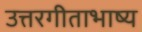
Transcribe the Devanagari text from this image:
उत्तरगीताभाष्य